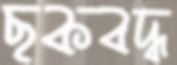
ছকবদ্ধ